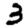
Digit: 3